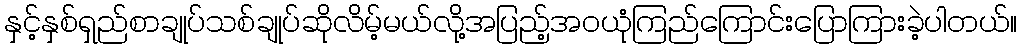
နှင့်နှစ်ရှည်စာချုပ်သစ်ချုပ်ဆိုလိမ့်မယ်လို့အပြည့်အဝယုံကြည်ကြောင်းပြောကြားခဲ့ပါတယ်။